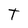
Character: T